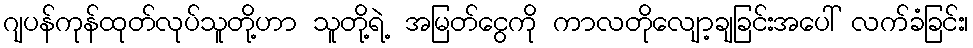
ဂျပန်ကုန်ထုတ်လုပ်သူတို့ဟာ သူတို့ရဲ့ အမြတ်ငွေကို ကာလတိုလျော့ချခြင်းအပေါ် လက်ခံခြင်း၊